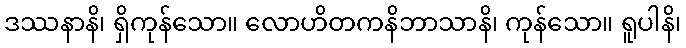
ဒဿနာနိ၊ ရှိကုန်သော။ လောဟိတကနိဘာသာနိ၊ ကုန်သော။ ရူပါနိ၊